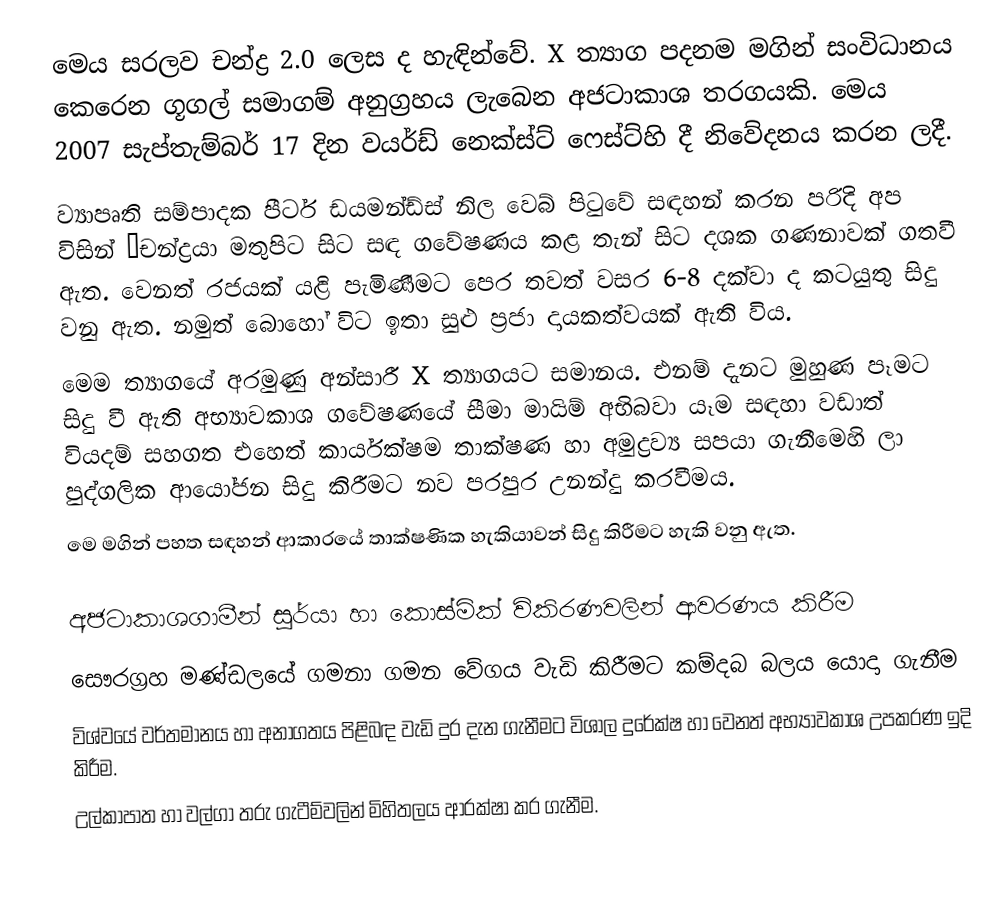
මෙය සරලව චන්ද්‍ර 2.0 ලෙස ද හැඳින්වේ. X ත්‍යාග පදනම මගින් සංවිධානය කෙරෙන ගූගල් සමාගම් අනුග්‍රහය ලැබෙන අජටාකාශ තරගයකි. මෙය 2007 සැප්තැම්බර් 17 දින වයර්ඩ් නෙක්ස්ට් ෆෙස්ට්හි දී නිවේදනය කරන ලදී.
ව්‍යාපෘති සම්පාදක පීටර් ඩයමන්ඩ්ස් නිල වෙබ් පිටුවේ සඳහන් කරන පරිදි අප විසින් “චන්ද්‍රයා මතුපිට සිට සඳ ගවේෂණය කළ තැන් සිට දශක ගණනාවක් ගතවී ඇත. වෙනත් රජයක් යළි පැමිණීමට පෙර තවත් වසර 6-8 දක්වා ද කටයුතු සිදු වනු ඇත. නමුත් බොහෝ විට ඉතා සුළු ප්‍රජා දායකත්වයක් ඇති විය.
මෙම ත්‍යාගයේ අරමුණු අන්සාරී X ත්‍යාගයට සමානය. එනම් දැනට මුහුණ පෑමට සිදු වී ඇති අභ්‍යාවකාශ ගවේෂණයේ සීමා මායිම් අභිබවා යෑම සඳහා වඩාත් වියදම් සහගත එහෙත් කාර්යක්ෂම තාක්ෂණ හා අමුද්‍රව්‍ය සපයා ගැනීමෙහි ලා පුද්ගලික ආයෝජන සිදු කිරීමට නව පරපුර උනන්දු කරවීමය.
මෙ මගින් පහත සඳහන් ආකාරයේ තාක්ෂණික හැකියාවන් සිදු කිරීමට හැකි වනු ඇත.

	අජටාකාශගාමීන් සූර්යා හා කොස්මික් විකිරණවලින් ආවරණය කිරීම
	සෞරග්‍රහ මණ්ඩලයේ ගමනා ගමන වේගය වැඩි කිරීමට කම්දබ බලය යොදා ගැනීම
	විශ්වයේ වර්තමානය හා අනාගතය පිළිබඳ වැඩි දුර දැන ගැනීමට විශාල දුරේක්ෂ හා වෙනත් අභ්‍යාවකාශ උපකරණ ඉදි කිරීම.
	උල්කාපාත හා වල්ගා තරු ගැටීම්වලින් මිහිතලය ආරක්ෂා කර ගැනීම.